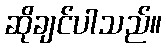
ဆိုချင်ပါသည်။